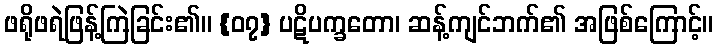
ဖရိုဖရဲဖြန့်ကြဲခြင်း၏။ {၀၇} ပဋိပက္ခတော၊ ဆန့်ကျင်ဘက်၏ အဖြစ်ကြောင့်။